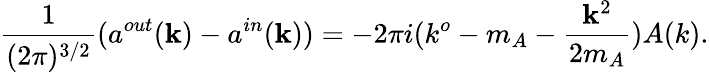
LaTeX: \frac{1}{(2\pi)^{3/2}}(a^{out}({\mathbf k})-a^{in}({\mathbf k}))=-2\pi i(k^{o}-m_{A}-\frac{{\mathbf k}^{2}}{2m_{A}})A(k).